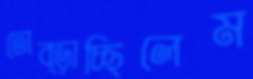
তোব্‌ড়াচ্ছিলেম